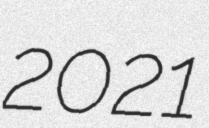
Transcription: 2021